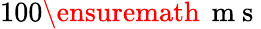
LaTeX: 100\ensuremath{\, \mathrm{~m~s~}}